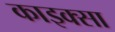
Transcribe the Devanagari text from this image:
काइक्सा